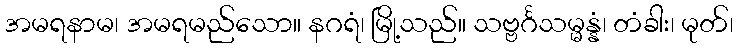
အမရနာမ၊ အမရမည်သော။ နဂရံ၊ မြို့သည်။ သဗ္ဗင်္ဂသမ္မန္နံ၊ တံခါး၊ မုတ်၊